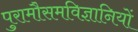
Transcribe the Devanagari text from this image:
पुरामौसमविज्ञानियों